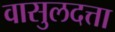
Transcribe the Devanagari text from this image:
वासुलदत्ता